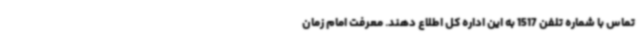
تماس با شماره تلفن 1517 به این اداره کل اطلاع دهند. معرفت امام زمان